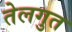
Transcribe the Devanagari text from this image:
तेलगुत